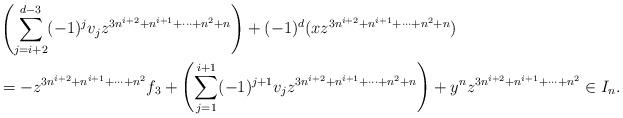
LaTeX: \begin{align*}&\left(\sum_{j=i+2}^{d-3}(-1)^{j}v_jz^{3n^{i+2}+n^{i+1}+\cdots+n^2+n}\right)+(-1)^{d}(xz^{3n^{i+2}+n^{i+1}+\cdots+n^2+n})\\& = -z^{3n^{i+2}+n^{i+1}+\cdots+n^2}f_3 + \left(\sum_{j=1}^{i+1} (-1)^{j+1} v_jz^{3n^{i+2}+n^{i+1}+\cdots+n^2+n}\right)+y^nz^{3n^{i+2}+n^{i+1}+\cdots+n^2} \in I_n.\end{align*}